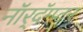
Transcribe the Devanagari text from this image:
नॉर्‌दॅम्प्टन